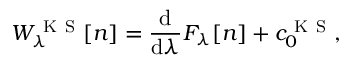
W _ { \lambda } ^ { \mathrm { ~ K ~ S ~ } } [ n ] = \frac { \mathrm { d } } { \mathrm { d } \lambda } F _ { \lambda } [ n ] + c _ { 0 } ^ { \mathrm { ~ K ~ S ~ } } ,